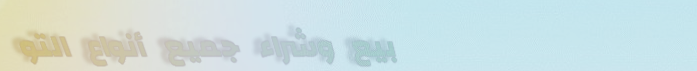
بيع وشراء جميع أنواع التو